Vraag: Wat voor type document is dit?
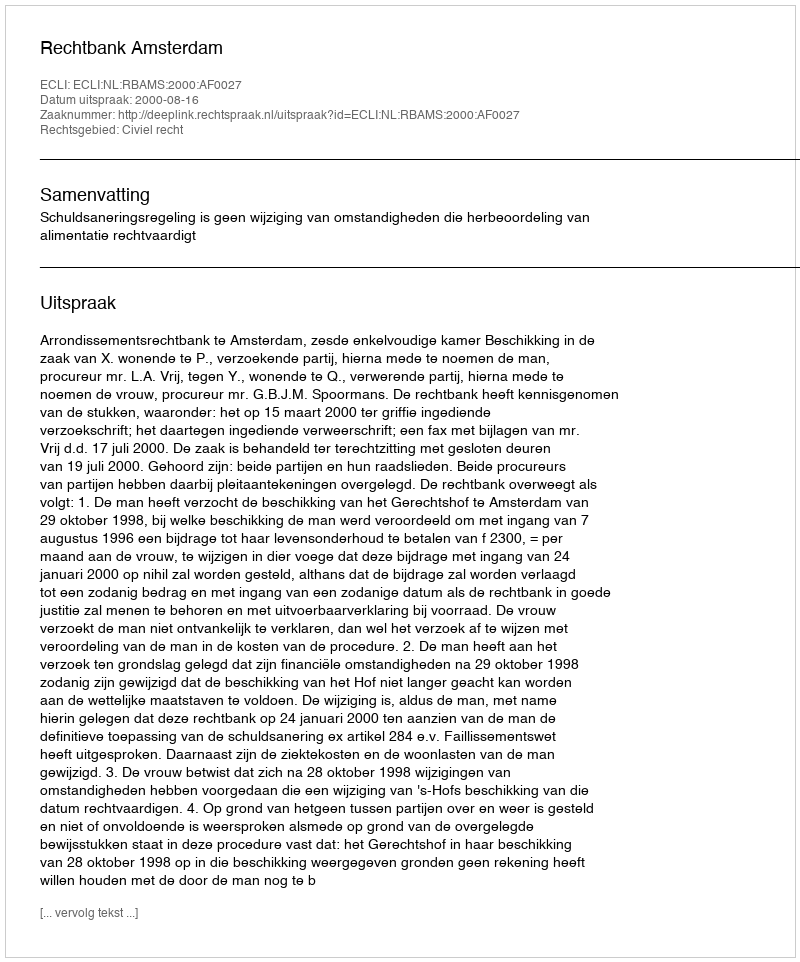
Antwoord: Uitspraak